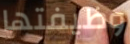
وظيفتها